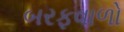
બરફવાળો